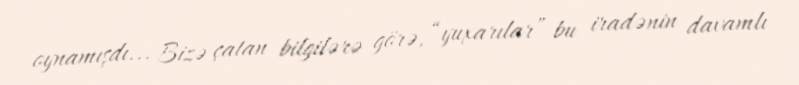
oynamışdı... Bizə çatan bilgilərə görə, “yuxarılar” bu iradənin davamlı